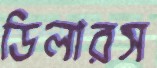
ডিলারস